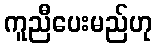
ကူညီပေးမည်ဟု